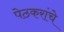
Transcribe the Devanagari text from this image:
पेठकरांचे